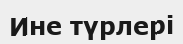
Ине түрлері